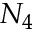
N _ { 4 }